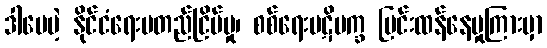
ဒါပေမဲ့ နိုင်ငံရေးမတည်ငြိမ်မှု၊ စစ်ရေးပဋိပက္ခ ပြင်းထန်နေမှုကြားမှာ